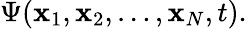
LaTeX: \Psi({\mathbf x}_{1},{\mathbf x}_{2},\ldots,{\mathbf x}_{N},t).